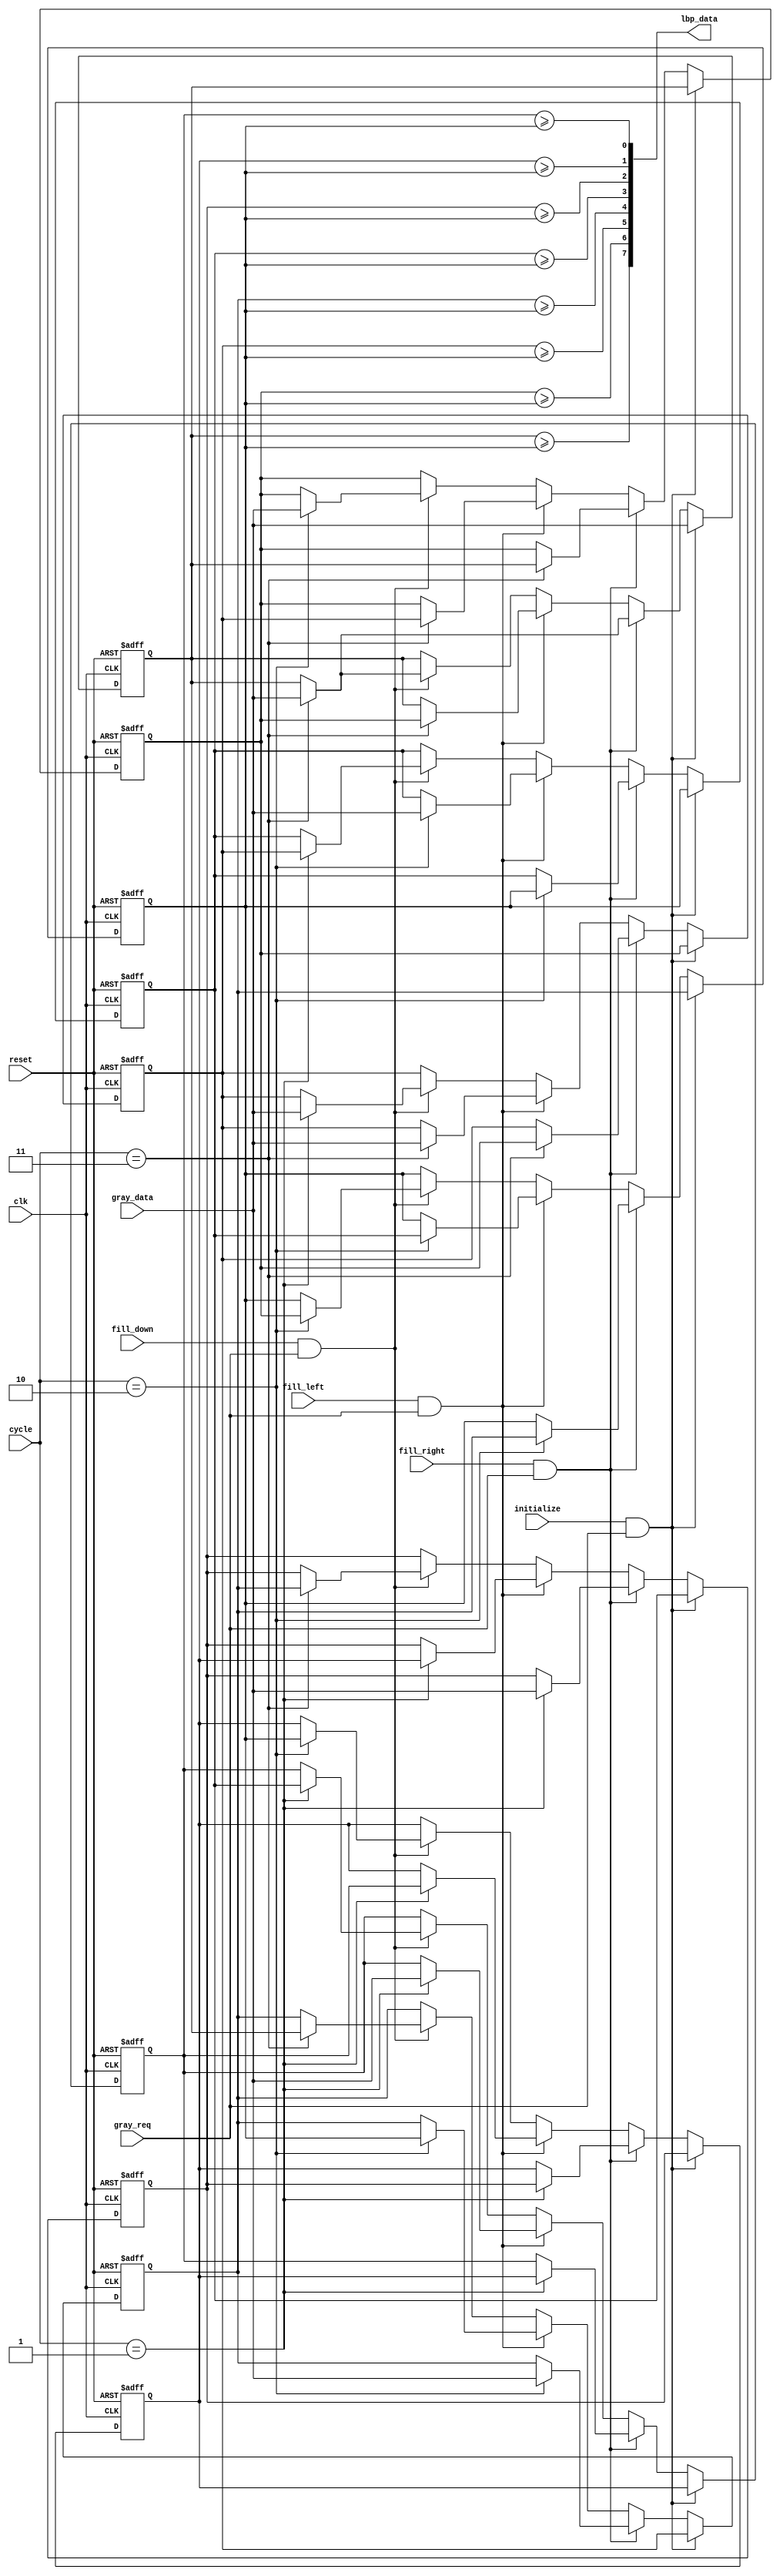
`timescale 1ns/10ps
module GDM(
    clk, reset,
    gray_data, lbp_data,
    cycle,
    fill_right, fill_down, fill_left, initialize, gray_req
);
input clk, reset;
input fill_right, fill_down, fill_left, initialize, gray_req;
input [3:0]cycle;
input [7:0]gray_data;
output [7:0]lbp_data;
reg [7:0]g7, g6, g5, g4, g3, g2, g1, g0, gc;

assign lbp_data[7] = (g7 >= gc);
assign lbp_data[6] = (g6 >= gc);
assign lbp_data[5] = (g5 >= gc);
assign lbp_data[4] = (g4 >= gc);
assign lbp_data[3] = (g3 >= gc);
assign lbp_data[2] = (g2 >= gc);
assign lbp_data[1] = (g1 >= gc);
assign lbp_data[0] = (g0 >= gc);

always @(posedge clk or posedge reset) begin
    if (reset) begin
        g0 <= 8'd0; g1 <= 8'd0; g2 <= 8'd0;
        g3 <= 8'd0; gc <= 8'd0; g4 <= 8'd0;
        g5 <= 8'd0; g6 <= 8'd0; g7 <= 8'd0;
    end
    else if (initialize && gray_req) begin
        g0 <= g1; g1 <= g2; g2 <= g3;
        g3 <= gc; gc <= g4; g4 <= g5;
        g5 <= g6; g6 <= g7; g7 <= gray_data;
    end
    else if (fill_right && gray_req) begin
        g0 <= (cycle == 4'd1) ? g1 : g0; g1 <= (cycle == 4'd1) ? g2 : g1; g2 <= (cycle == 4'd1) ? gray_data : g2;
        g3 <= (cycle == 4'd2) ? gc : g3; gc <= (cycle == 4'd2) ? g4 : gc; g4 <= (cycle == 4'd2) ? gray_data : g4;
        g5 <= (cycle == 4'd3) ? g6 : g5; g6 <= (cycle == 4'd3) ? g7 : g6; g7 <= (cycle == 4'd3) ? gray_data : g7;
    end
    else if (fill_left && gray_req) begin
        g0 <= (cycle == 4'd1) ? gray_data : g0; g1 <= (cycle == 4'd1) ? g0 : g1; g2 <= (cycle == 4'd1) ? g1 : g2;
        g3 <= (cycle == 4'd2) ? gray_data : g3; gc <= (cycle == 4'd2) ? g3 : gc; g4 <= (cycle == 4'd2) ? gc : g4;
        g5 <= (cycle == 4'd3) ? gray_data : g5; g6 <= (cycle == 4'd3) ? g5 : g6; g7 <= (cycle == 4'd3) ? g6 : g7;
    end
    else if (fill_down && gray_req) begin
        g0 <= (cycle == 4'd1) ? g3 : g0;        g1 <= (cycle == 4'd2) ? gc : g1;        g2 <= (cycle == 4'd3) ? g4 : g2;
        g3 <= (cycle == 4'd1) ? g5 : g3;        gc <= (cycle == 4'd2) ? g6 : gc;        g4 <= (cycle == 4'd3) ? g7 : g4;
        g5 <= (cycle == 4'd1) ? gray_data : g5; g6 <= (cycle == 4'd2) ? gray_data : g6; g7 <= (cycle == 4'd3) ? gray_data : g7;
    end
    else begin
        g0 <= g0; g1 <= g1; g2 <= g2;
        g3 <= g3; gc <= gc; g4 <= g4;
        g5 <= g5; g6 <= g6; g7 <= g7;
    end
end
endmodule